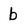
Character: b